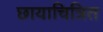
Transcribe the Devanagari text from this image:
छायाचित्रित